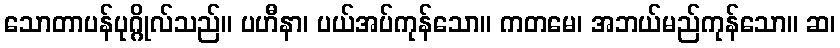
သောတာပန်ပုဂ္ဂိုလ်သည်။ ပဟီနာ၊ ပယ်အပ်ကုန်သော။ ကတမေ၊ အဘယ်မည်ကုန်သော။ ဆ၊